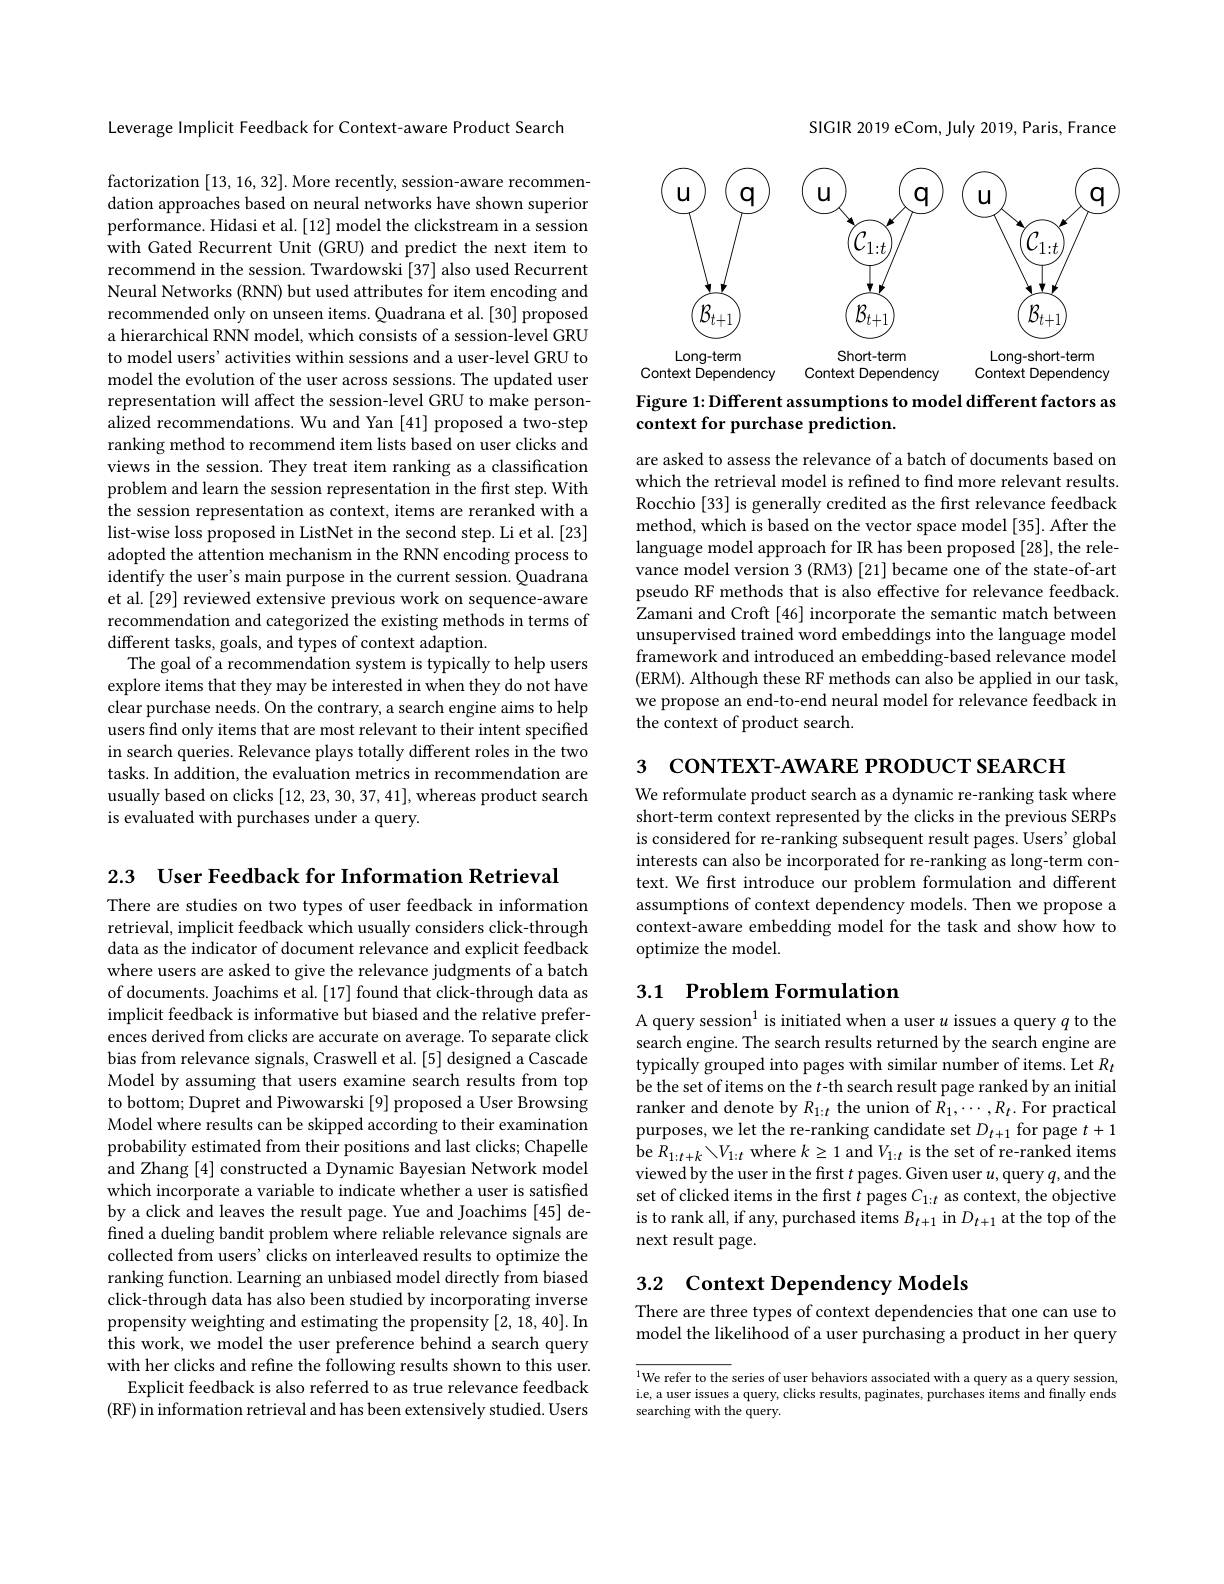
2.3 User Feedback for Information Retrieval
There are studies on two types of user feedback in information retrieval, implicit feedback which usually considers click-through data as the indicator of document relevance and explicit feedback where users are asked to give the relevance judgments of a batch of documents. Joachims et al. [17] found that click-through data as implicit feedback is informative but biased and the relative preferences derived from clicks are accurate on average. To separate click bias from relevance signals, Craswell et al.[5] designed a Cascade Model by assuming that users examine search results from top to bottom; Dupret and Piwowarski [9] proposed a User Browsing Model where results can be skipped according to their examination probability estimated from their positions and last clicks; Chapelle and Zhang [4] constructed a Dynamic Bayesian Network model which incorporate a variable to indicate whether a user is satisfied by a click and leaves the result page. Yue and Joachims [45] defined a dueling bandit problem where reliable relevance signals are collected from users' clicks on interleaved results to optimize the ranking function. Learning an unbiased model directly from biased click-through data has also been studied by incorporating inverse propensity weighting and estimating the propensity [2, 18, 40]. In this work, we model the user preference behind a search query with her clicks and refine the following results shown to this user.
Explicit feedback is also referred to as true relevance feedback (RF) in information retrieval and has been extensively studied. Users

Leverage Implicit Feedback for Context-aware Product Search

factorization [13,16,32]. More recently, session-aware recommendation approaches based on neural networks have shown superior performance. Hidasi et al. [12] model the clickstream in a session with Gated Recurrent Unit (GRU) and predict the next item to recommend in the session. Twardowski [37] also used Recurrent Neural Networks (RNN) but used attributes for item encoding and recommended only on unseen items. Quadrana et al. [30] proposed a hierarchical RNN model, which consists of a session-level GRU to model users' activities within sessions and a user-level GRU to model the evolution of the user across sessions. The updated user representation will affect the session-level GRU to make personalized recommendations. Wu and Yan [41] proposed a two-step ranking method to recommend item lists based on user clicks and views in the session. They treat item ranking as a classification problem and learn the session representation in the first step. With the session representation as context, items are reranked with a list-wise loss proposed in ListNet in the second step. Li et al.[23] adopted the attention mechanism in the RNN encoding process to identify the user's main purpose in the current session. Quadrana et al. [29] reviewed extensive previous work on sequence-aware recommendation and categorized the existing methods in terms of different tasks, goals, and types of context adaption.
The goal of a recommendation system is typically to help users explore items that they may be interested in when they do not have clear purchase needs. On the contrary, a search engine aims to help users find only items that are most relevant to their intent specified in search queries. Relevance plays totally different roles in the two tasks. In addition, the evaluation metrics in recommendation are usually based on clicks [12,23,30,37,41], whereas product search is evaluated with purchases under a query.

SIGIR 2019 eCom, July 2019, Paris, France

<FigureHere>

Figure 1: Different assumptions to model different factors as
context for purchase prediction.

are asked to assess the relevance of a batch of documents based on which the retrieval model is refined to find more relevant results Rocchio [33] is generally credited as the first relevance feedback method, which is based on the vector space model [35]. After the language model approach for IR has been proposed [28], the relevance model version 3 (RM3) [21] became one of the state-of-art pseudo RF methods that is also effective for relevance feedback Zamani and Croft [46] incorporate the semantic match between unsupervised trained word embeddings into the language model framework and introduced an embedding-based relevance model (ERM). Although these RF methods can also be applied in our task, we propose an end-to-end neural model for relevance feedback in the context of product search.

3 CONTEXT- AWARE PRODUCT SEARCH

We reformulate product search as a dynamic re-ranking task where short-term context represented by the clicks in the previous SERPs is considered for re-ranking subsequent result pages. Users' global interests can also be incorporated for re-ranking as long-term context. We first introduce our problem formulation and different assumptions of context dependency models. Then we propose a context-aware embedding model for the task and show how to optimize the model.

## 3.1 $\textbf{Problem Formulation}$

A query session$^1$ is initiated when a user $u$ issues a query $q$ to the search engine. The search results returned by the search engine are typically grouped into pages with similar number of items. Let $R_t$ be the set of items on the $t$-th search result page ranked by an initial ranker and denote by $R_{1:t}$ the union of $R_1,\cdots,R_t.$ For practical purposes, we let the re-ranking candidate set $D_t+1$ for page $t+1$ be $R_{1:t+k}\setminus V_{1:t}$ where $k\geq1$ and $V_1:t$ is the set of re-ranked items viewed by the user in the first $t$ pages. Given user $u$,query $q$,and the set of clicked items in the first $t$ pages $C_1:t$ as context, the objective is to rank all, if any, purchased items $B_t+1$ in $D_t+1$ at the top of the next result page.

# 3.2 Context Dependency Models

There are three types of context dependencies that one can use to model the likelihood of a user purchasing a product in her query

$^{1}$We refer to the series of user behaviors associated with a query as a query session i.e, a user issues a query, clicks results, paginates, purchases items and finally ends searching with the query